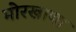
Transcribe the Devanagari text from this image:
मोरखाणा